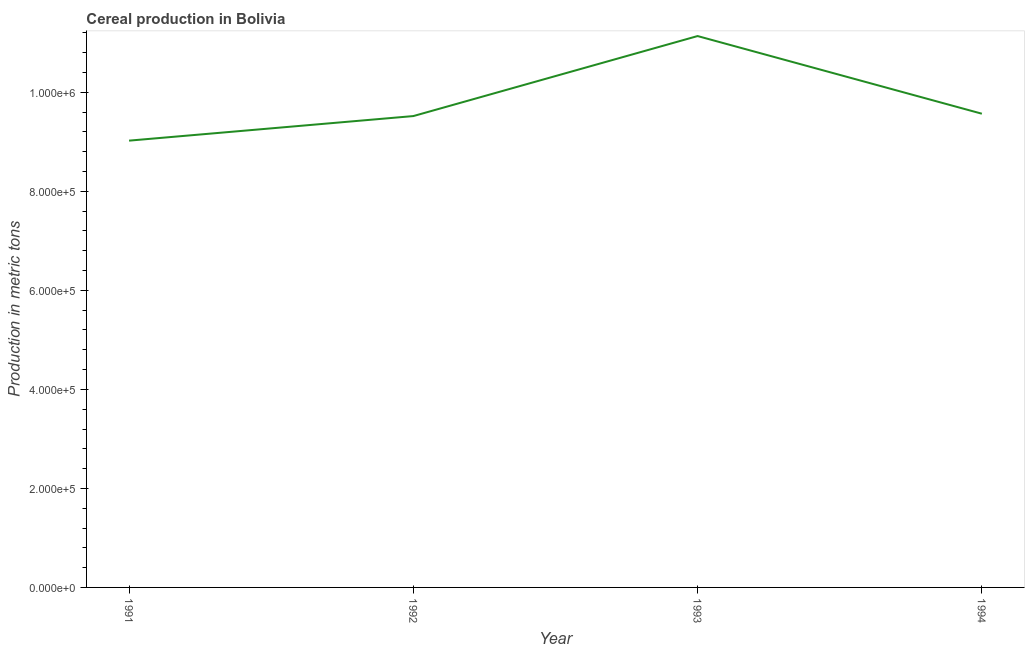
| Year | Cereal production |
 | --- | --- |
 | 1991 | 9.02e+05 |
 | 1992 | 9.52e+05 |
 | 1993 | 1.11e+06 |
 | 1994 | 9.57e+05 |